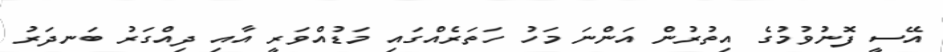
އޭސީ ފޮނުވުމުގެ އިތުރުން އަންނަ މަހު ހަތަރެއްގައި މަޑުއްވަރީ އާއި ދިއްގަރު ބަނދަރު